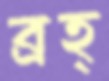
ব্রহ্